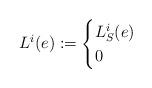
LaTeX: \begin{align*} L^i(e) := \begin{cases} L^{i}_{S}(e) & \\ 0 & \end{cases}\end{align*}